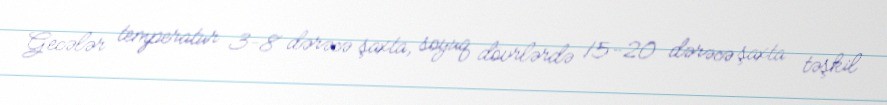
Gecələr temperatur 3-8 dərəcə şaxta, soyuq dövrlərdə 15-20 dərəcə şaxta təşkil